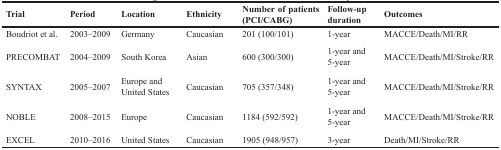
<table><thead><tr><td><b>Trial</b></td><td><b>Period</b></td><td><b>Location</b></td><td><b>Ethnicity</b></td><td><b>Number of patients (PCI/CABG)</b></td><td><b>Follow-up duration</b></td><td><b>Outcomes</b></td></tr></thead><tbody><tr><td>Boudriot et al.</td><td>2003–2009</td><td>Germany</td><td>Caucasian</td><td>201 (100/101)</td><td>1-year</td><td>MACCE/Death/MI/RR</td></tr><tr><td>PRECOMBAT</td><td>2004–2009</td><td>South Korea</td><td>Asian</td><td>600 (300/300)</td><td>1-year and 5-year</td><td>MACCE/Death/MI/Stroke/RR</td></tr><tr><td>SYNTAX</td><td>2005–2007</td><td>Europe and United States</td><td>Caucasian</td><td>705 (357/348)</td><td>1-year and 5-year</td><td>MACCE/Death/MI/Stroke/RR</td></tr><tr><td>NOBLE</td><td>2008–2015</td><td>Europe</td><td>Caucasian</td><td>1184 (592/592)</td><td>1-year and 5-year</td><td>MACCE/Death/MI/Stroke/RR</td></tr><tr><td>EXCEL</td><td>2010–2016</td><td>United States</td><td>Caucasian</td><td>1905 (948/957)</td><td>3-year</td><td>Death/MI/Stroke/RR</td></tr></tbody></table>